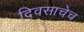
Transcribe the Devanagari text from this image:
दिवसाचेच